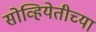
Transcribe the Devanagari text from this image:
सोव्हियेतीच्या